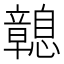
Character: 𢥔